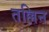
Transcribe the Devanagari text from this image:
तल्लिन